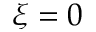
\xi = 0